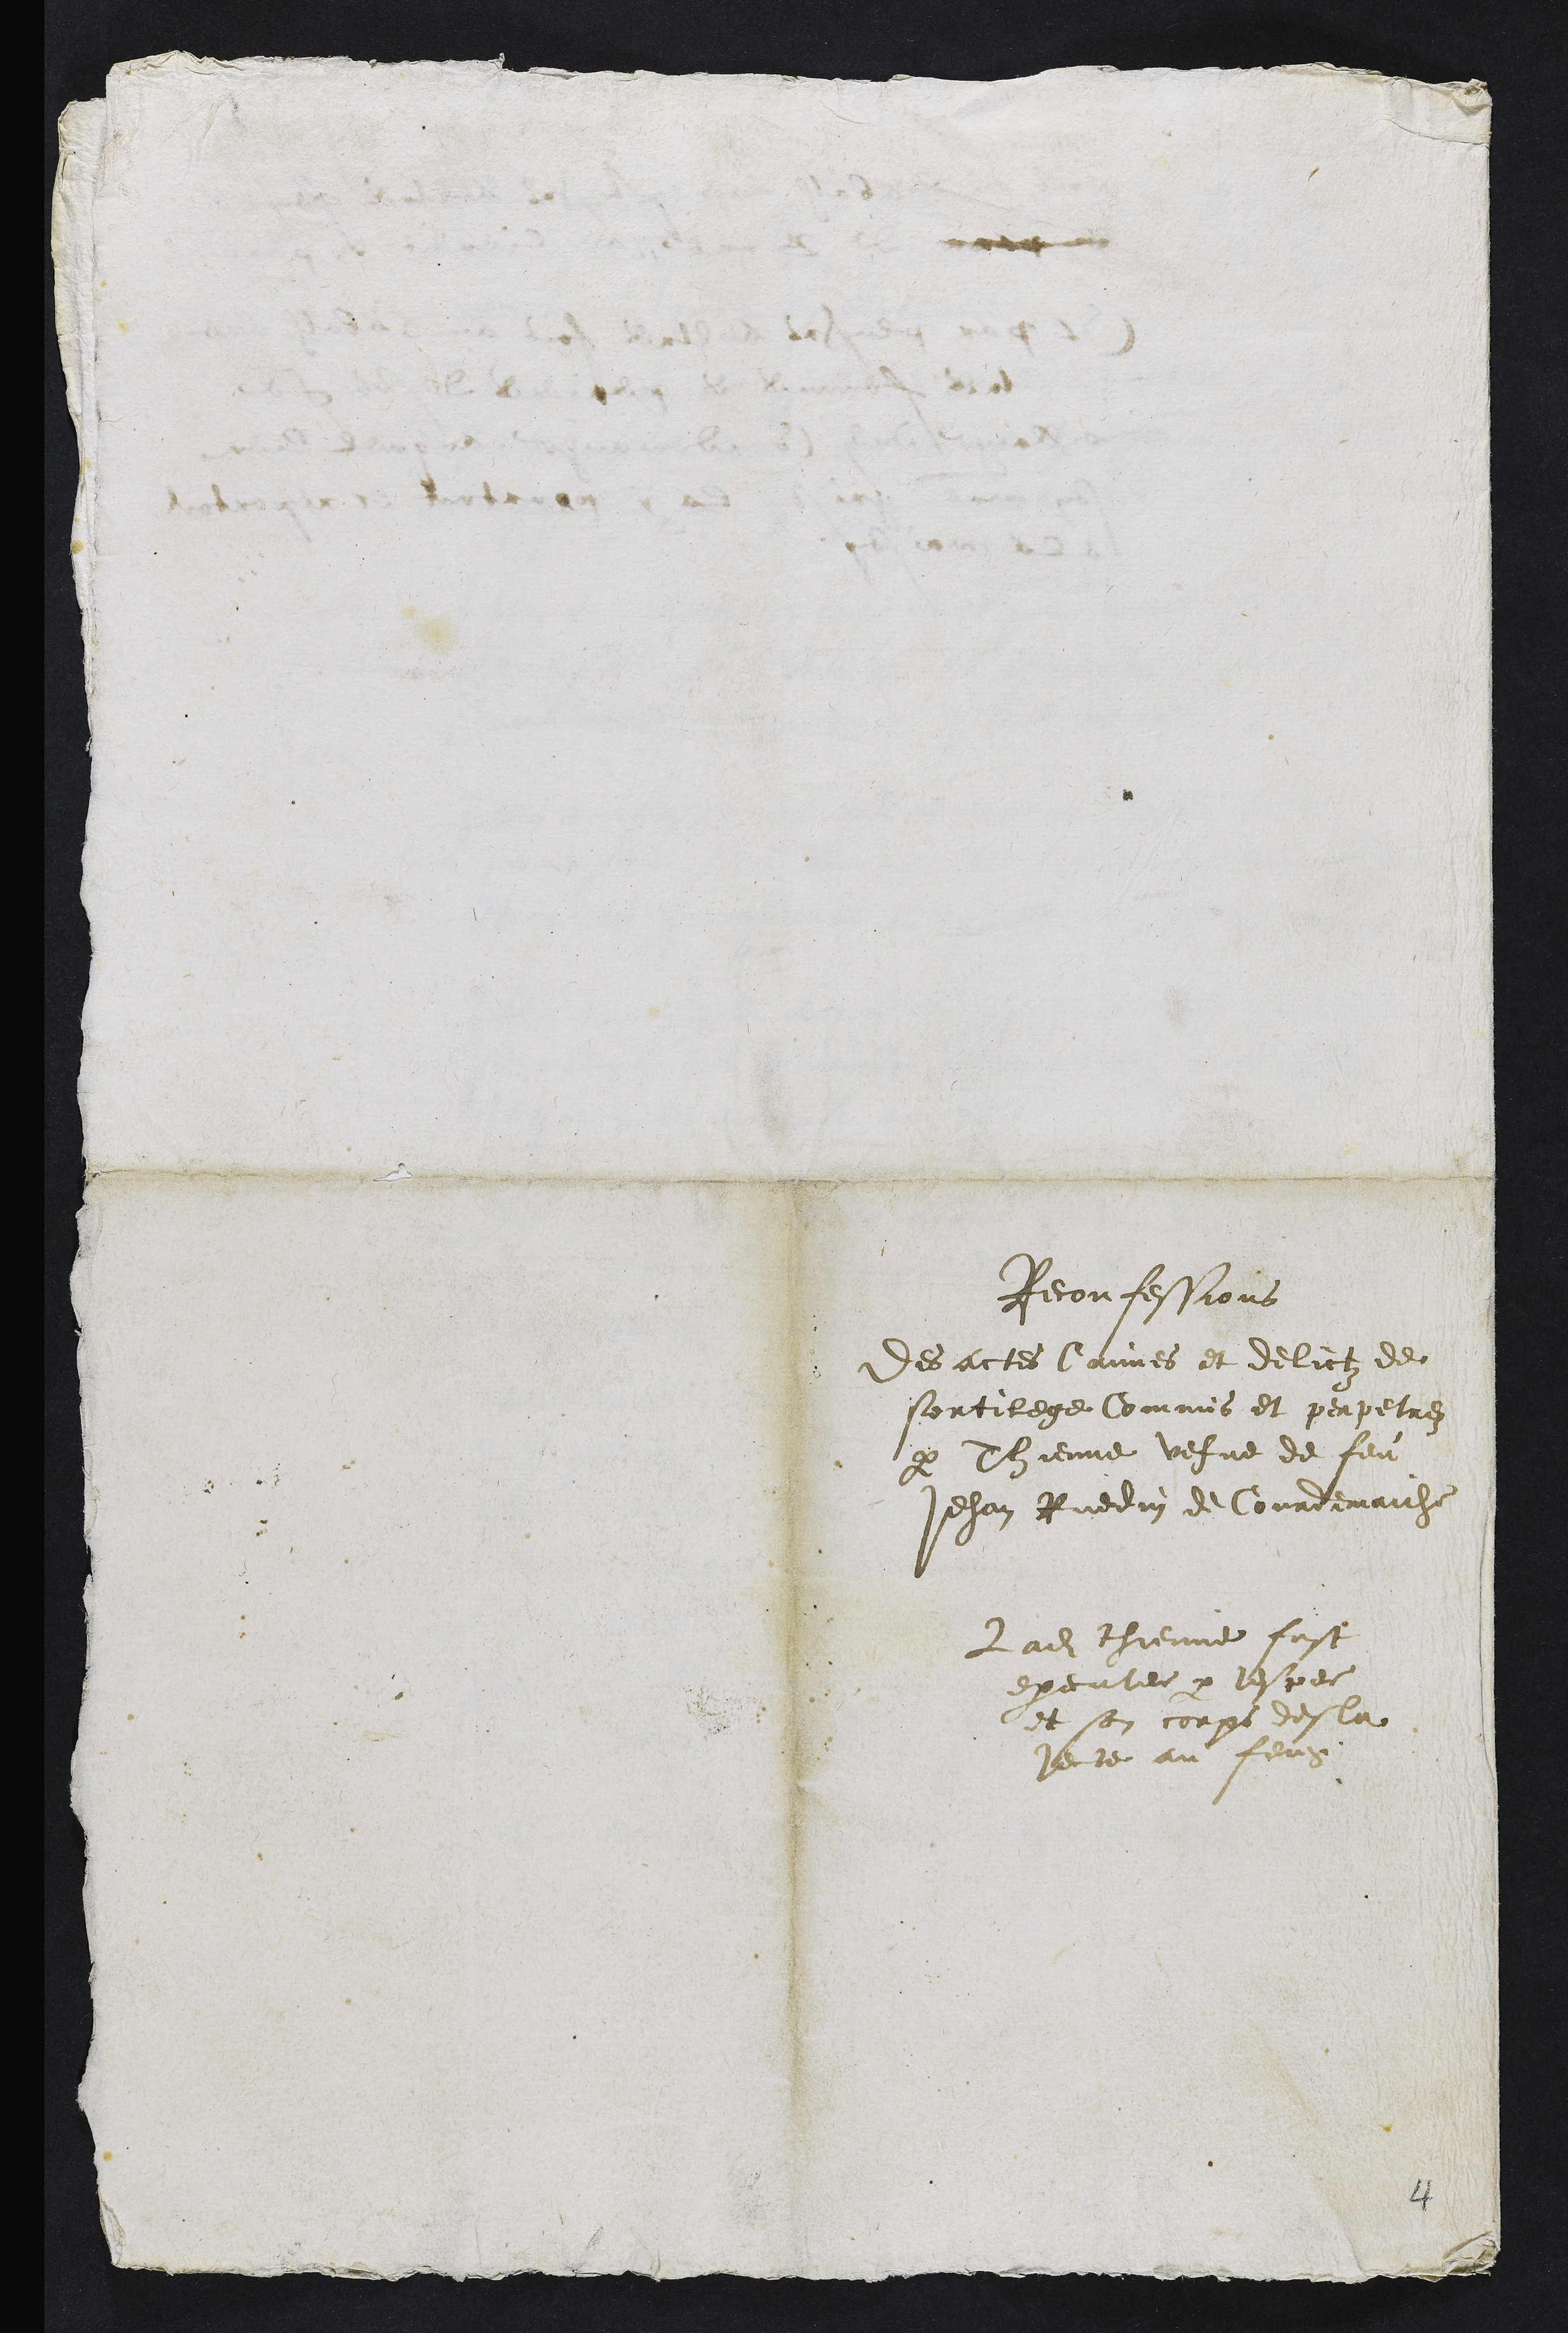
Reconfessions
des actes Crimes et delictz de
sortilege Commis et perpetres
par Thienne vefve de feu
Jehan Ruedin de Courdemaiche
Ladite Thienne fust
executee par lespee
et son corps desla
jecte au feug.